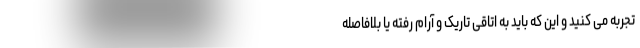
تجربه می کنید و این که باید به اتاقی تاریک و آرام رفته یا بلافاصله